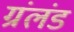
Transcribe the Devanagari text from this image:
ग्रंलंड